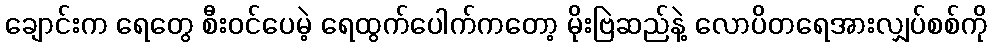
ချောင်းက ရေတွေ စီးဝင်ပေမဲ့ ရေထွက်ပေါက်ကတော့ မိုးဗြဲဆည်နဲ့ လောပိတရေအားလျှပ်စစ်ကို